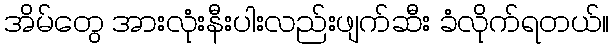
အိမ်တွေ အားလုံးနီးပါးလည်းဖျက်ဆီး ခံလိုက်ရတယ်။